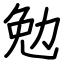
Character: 勉